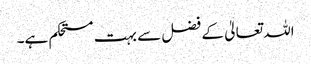
اللہ تعالیٰ کے فضل سے بہت مستحکم ہے۔